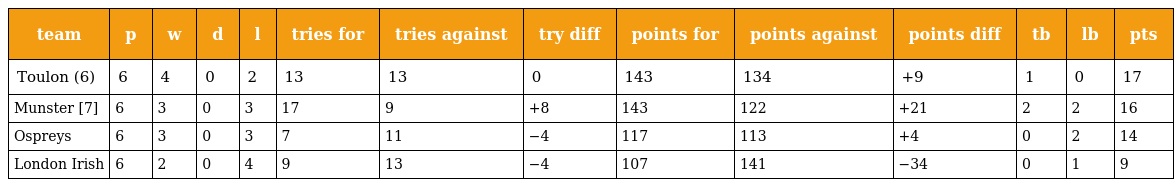
| team | p | w | d | l | tries for | tries against | try diff | points for | points against | points diff | tb | lb | pts |
 | --- | --- | --- | --- | --- | --- | --- | --- | --- | --- | --- | --- | --- | --- |
 | Toulon (6) | 6 | 4 | 0 | 2 | 13 | 13 | 0 | 143 | 134 | +9 | 1 | 0 | 17 |
 | Munster [7] | 6 | 3 | 0 | 3 | 17 | 9 | +8 | 143 | 122 | +21 | 2 | 2 | 16 |
 | Ospreys | 6 | 3 | 0 | 3 | 7 | 11 | −4 | 117 | 113 | +4 | 0 | 2 | 14 |
 | London Irish | 6 | 2 | 0 | 4 | 9 | 13 | −4 | 107 | 141 | −34 | 0 | 1 | 9 |